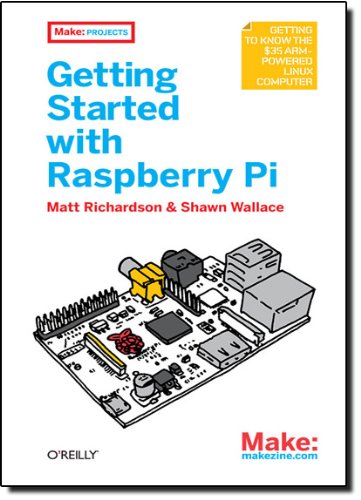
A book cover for Getting Started with Raspberry Pi (Make: Projects); Matt Richardson; Computers & Technology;